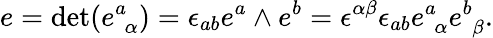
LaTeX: e=\mathrm{det}(e_{\, \, \alpha}^{a})=\epsilon_{ab}e^{a}\wedge e^{b}=\epsilon^{\alpha\beta}\epsilon_{ab}e_{\, \, \alpha}^{a}e_{\, \, \beta}^{b}.